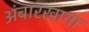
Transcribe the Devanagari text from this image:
अंबारखाना